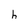
Character: h